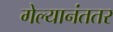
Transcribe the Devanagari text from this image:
गेल्यानंततर